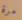
مرة